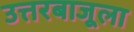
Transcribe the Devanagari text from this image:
उत्तरबाजूला